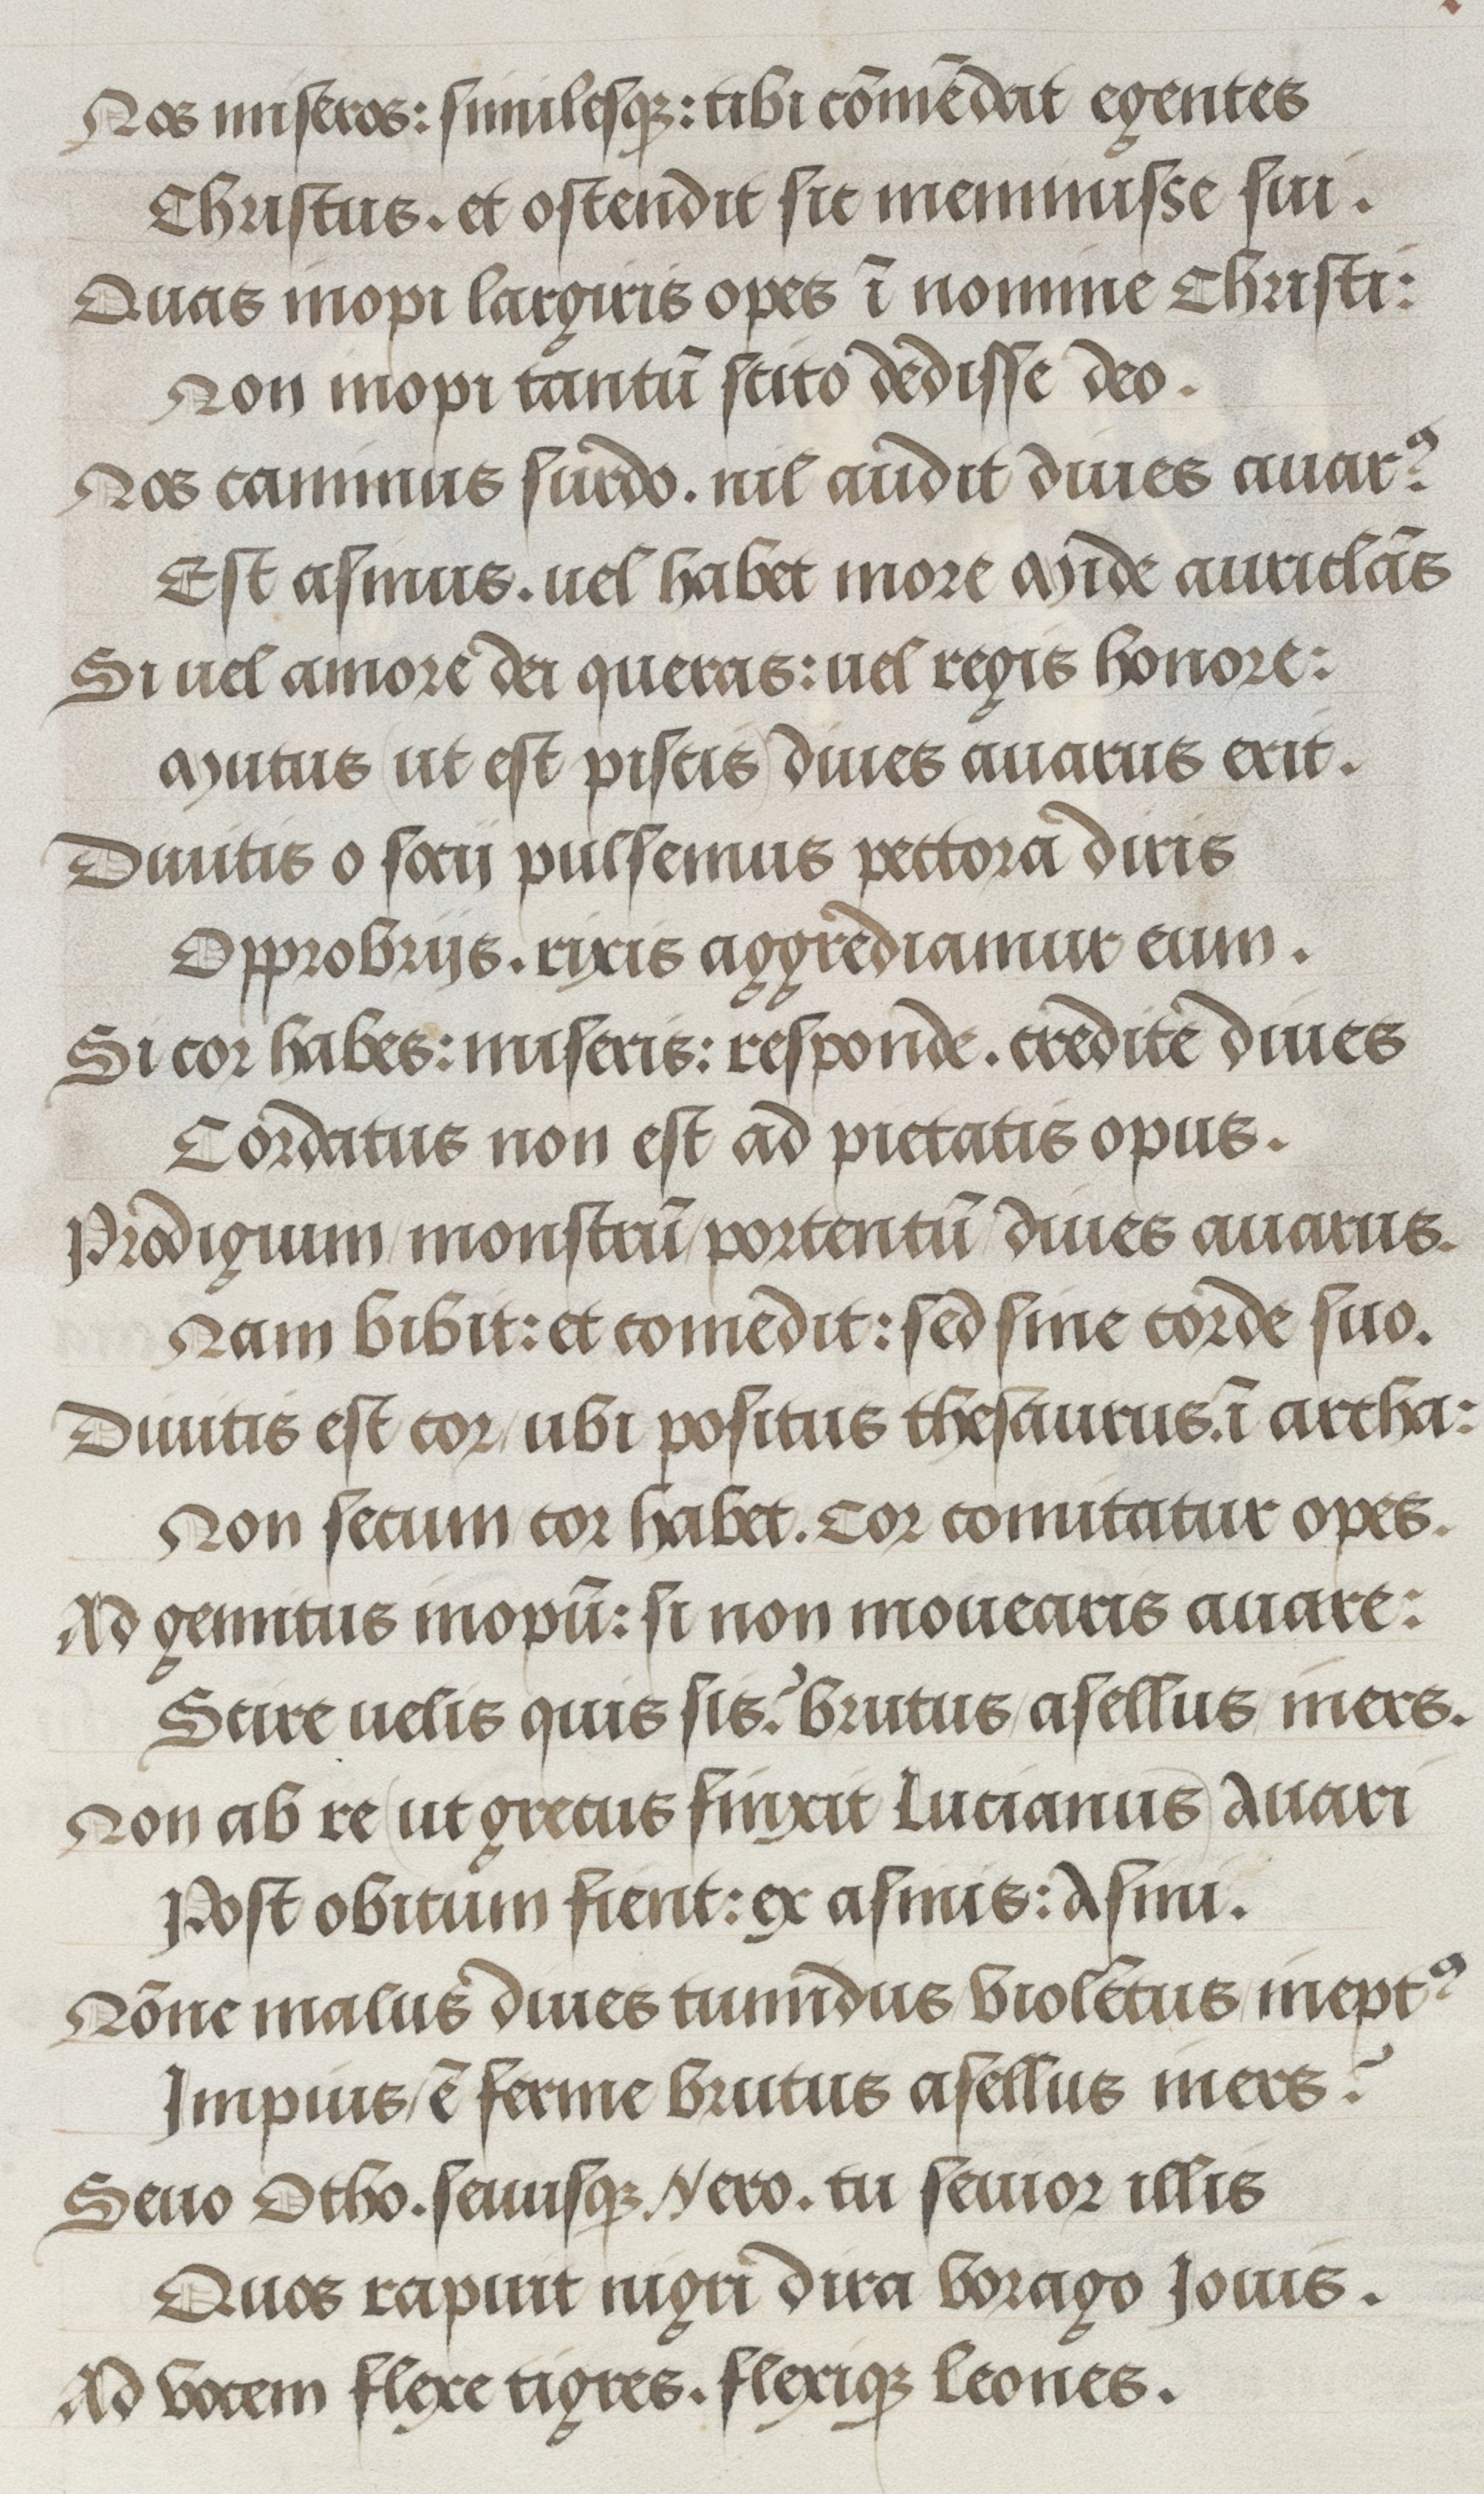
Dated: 1500–1530